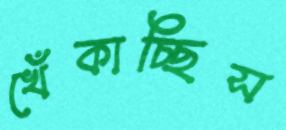
খেঁকাচ্ছিস